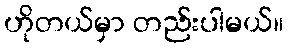
ဟိုတယ်မှာ တည်းပါမယ်။